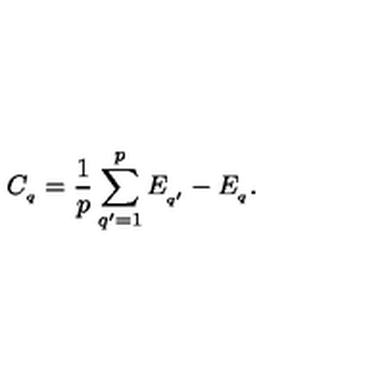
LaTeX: C _ { _ { q } } = \frac { 1 } { p } \sum _ { q ^ { \prime } = 1 } ^ { p } E _ { _ { q ^ { \prime } } } - E _ { _ { q } } .